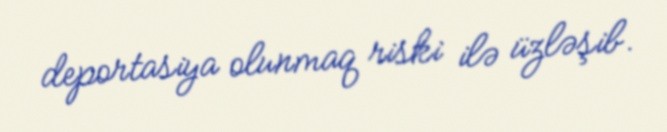
deportasiya olunmaq riski ilə üzləşib.